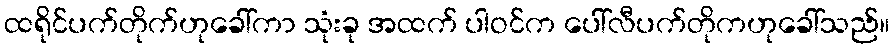
ထရိုင်ပက်တိုက်ဟုခေါ်ကာ သုံးခု အထက် ပါဝင်က ပေါ်လီပက်တိုကဟုခေါ်သည်။